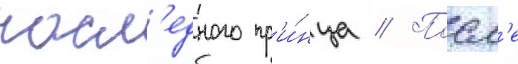
насл'едного пр'и́нца // Посл'е